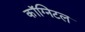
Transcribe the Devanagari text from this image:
कॉग्निटल